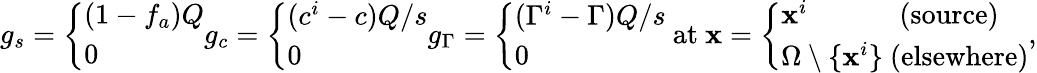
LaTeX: \begin{array}{r}{g_{s}=\left\{ \begin{array}{ll}{(1-f_{a})Q}\\ {0}\end{array}\right.g_{c}=\left\{ \begin{array}{ll}{(c^{i}-c)Q/s}\\ {0}\end{array}\right.g_{\Gamma}=\left\{ \begin{array}{ll}{(\Gamma^{i}-\Gamma)Q/s}\\ {0}\end{array}\right.\mathrm{~at~}{\mathbf x}=\left\{ \begin{array}{ll}{{\mathbf x}^{i}\qquad\quad\mathrm{~(source)}}\\ {\Omega\setminus\{ {\mathbf x}^{i}\} \mathrm{~(elsewhere)}}\end{array}\right.,}\end{array}